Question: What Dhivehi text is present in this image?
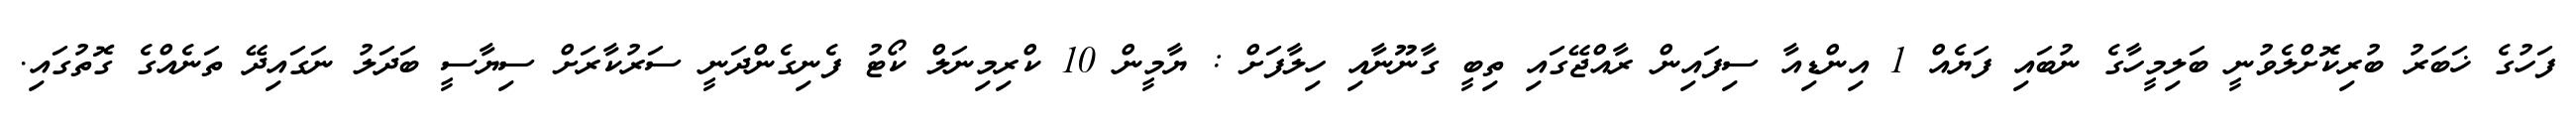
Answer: ފަހުގެ ޚަބަރު ބުރިކޮށްލެވުނީ ބަލިމީހާގެ ނުބައި ފަޔެއް 1 އިންޑިއާ ސިފައިން ރާއްޖޭގައި ތިބީ ގާނޫނާއި ހިލާފަށް : ޔާމީން 10 ކްރިމިނަލް ކޯޓު ފެނިގެންދަނީ ސަރުކާރަށް ސިޔާސީ ބަދަލު ނަގައިދޭ ތަނެއްގެ ގޮތުގައި.